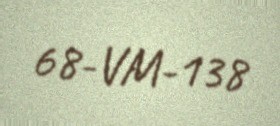
68-VM-138